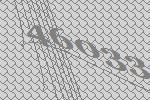
46033